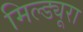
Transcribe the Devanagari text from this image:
मिल्ड्यूरा